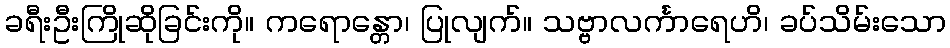
ခရီးဦးကြိုဆိုခြင်းကို။ ကရောန္တော၊ ပြုလျက်။ သဗ္ဗာလင်္ကာရေဟိ၊ ခပ်သိမ်းသော